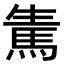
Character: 𩢫